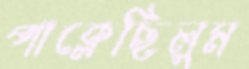
পাক্‌লেছিলুম